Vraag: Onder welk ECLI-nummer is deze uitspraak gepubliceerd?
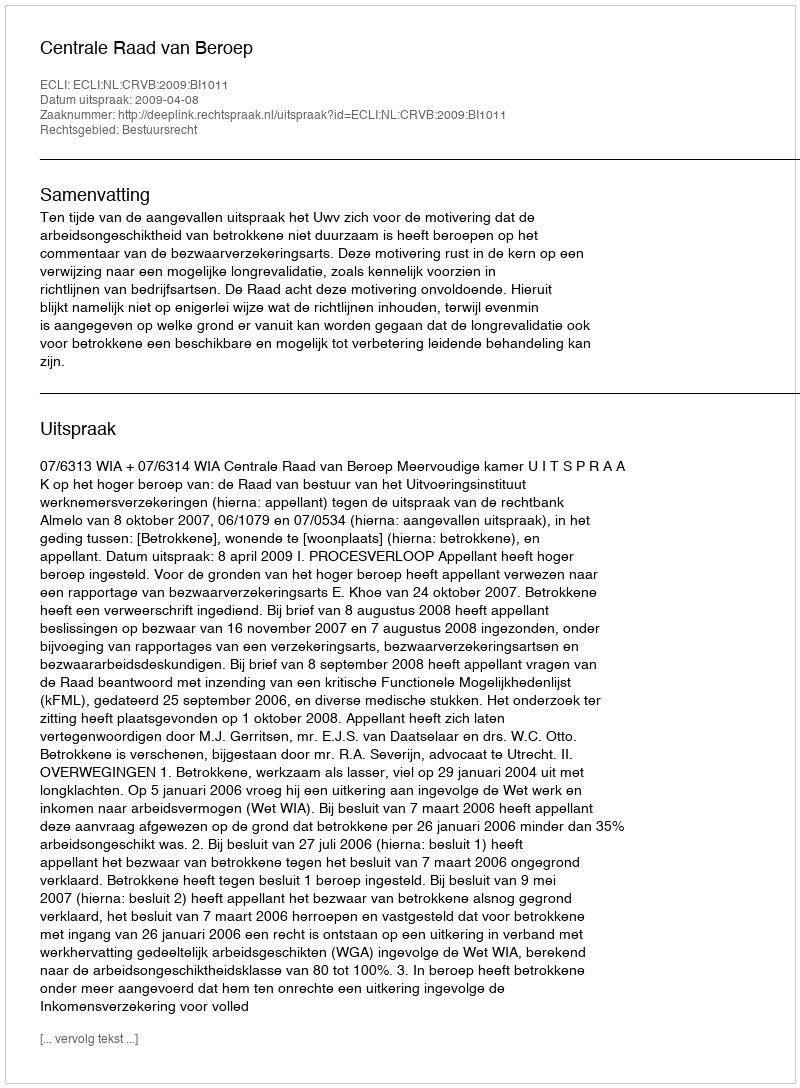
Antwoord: ECLI:NL:CRVB:2009:BI1011